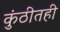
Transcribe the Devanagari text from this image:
कुंठीतही